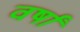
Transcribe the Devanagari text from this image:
वर्षाँ